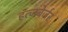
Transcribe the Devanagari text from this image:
हंत्जबेर्जर